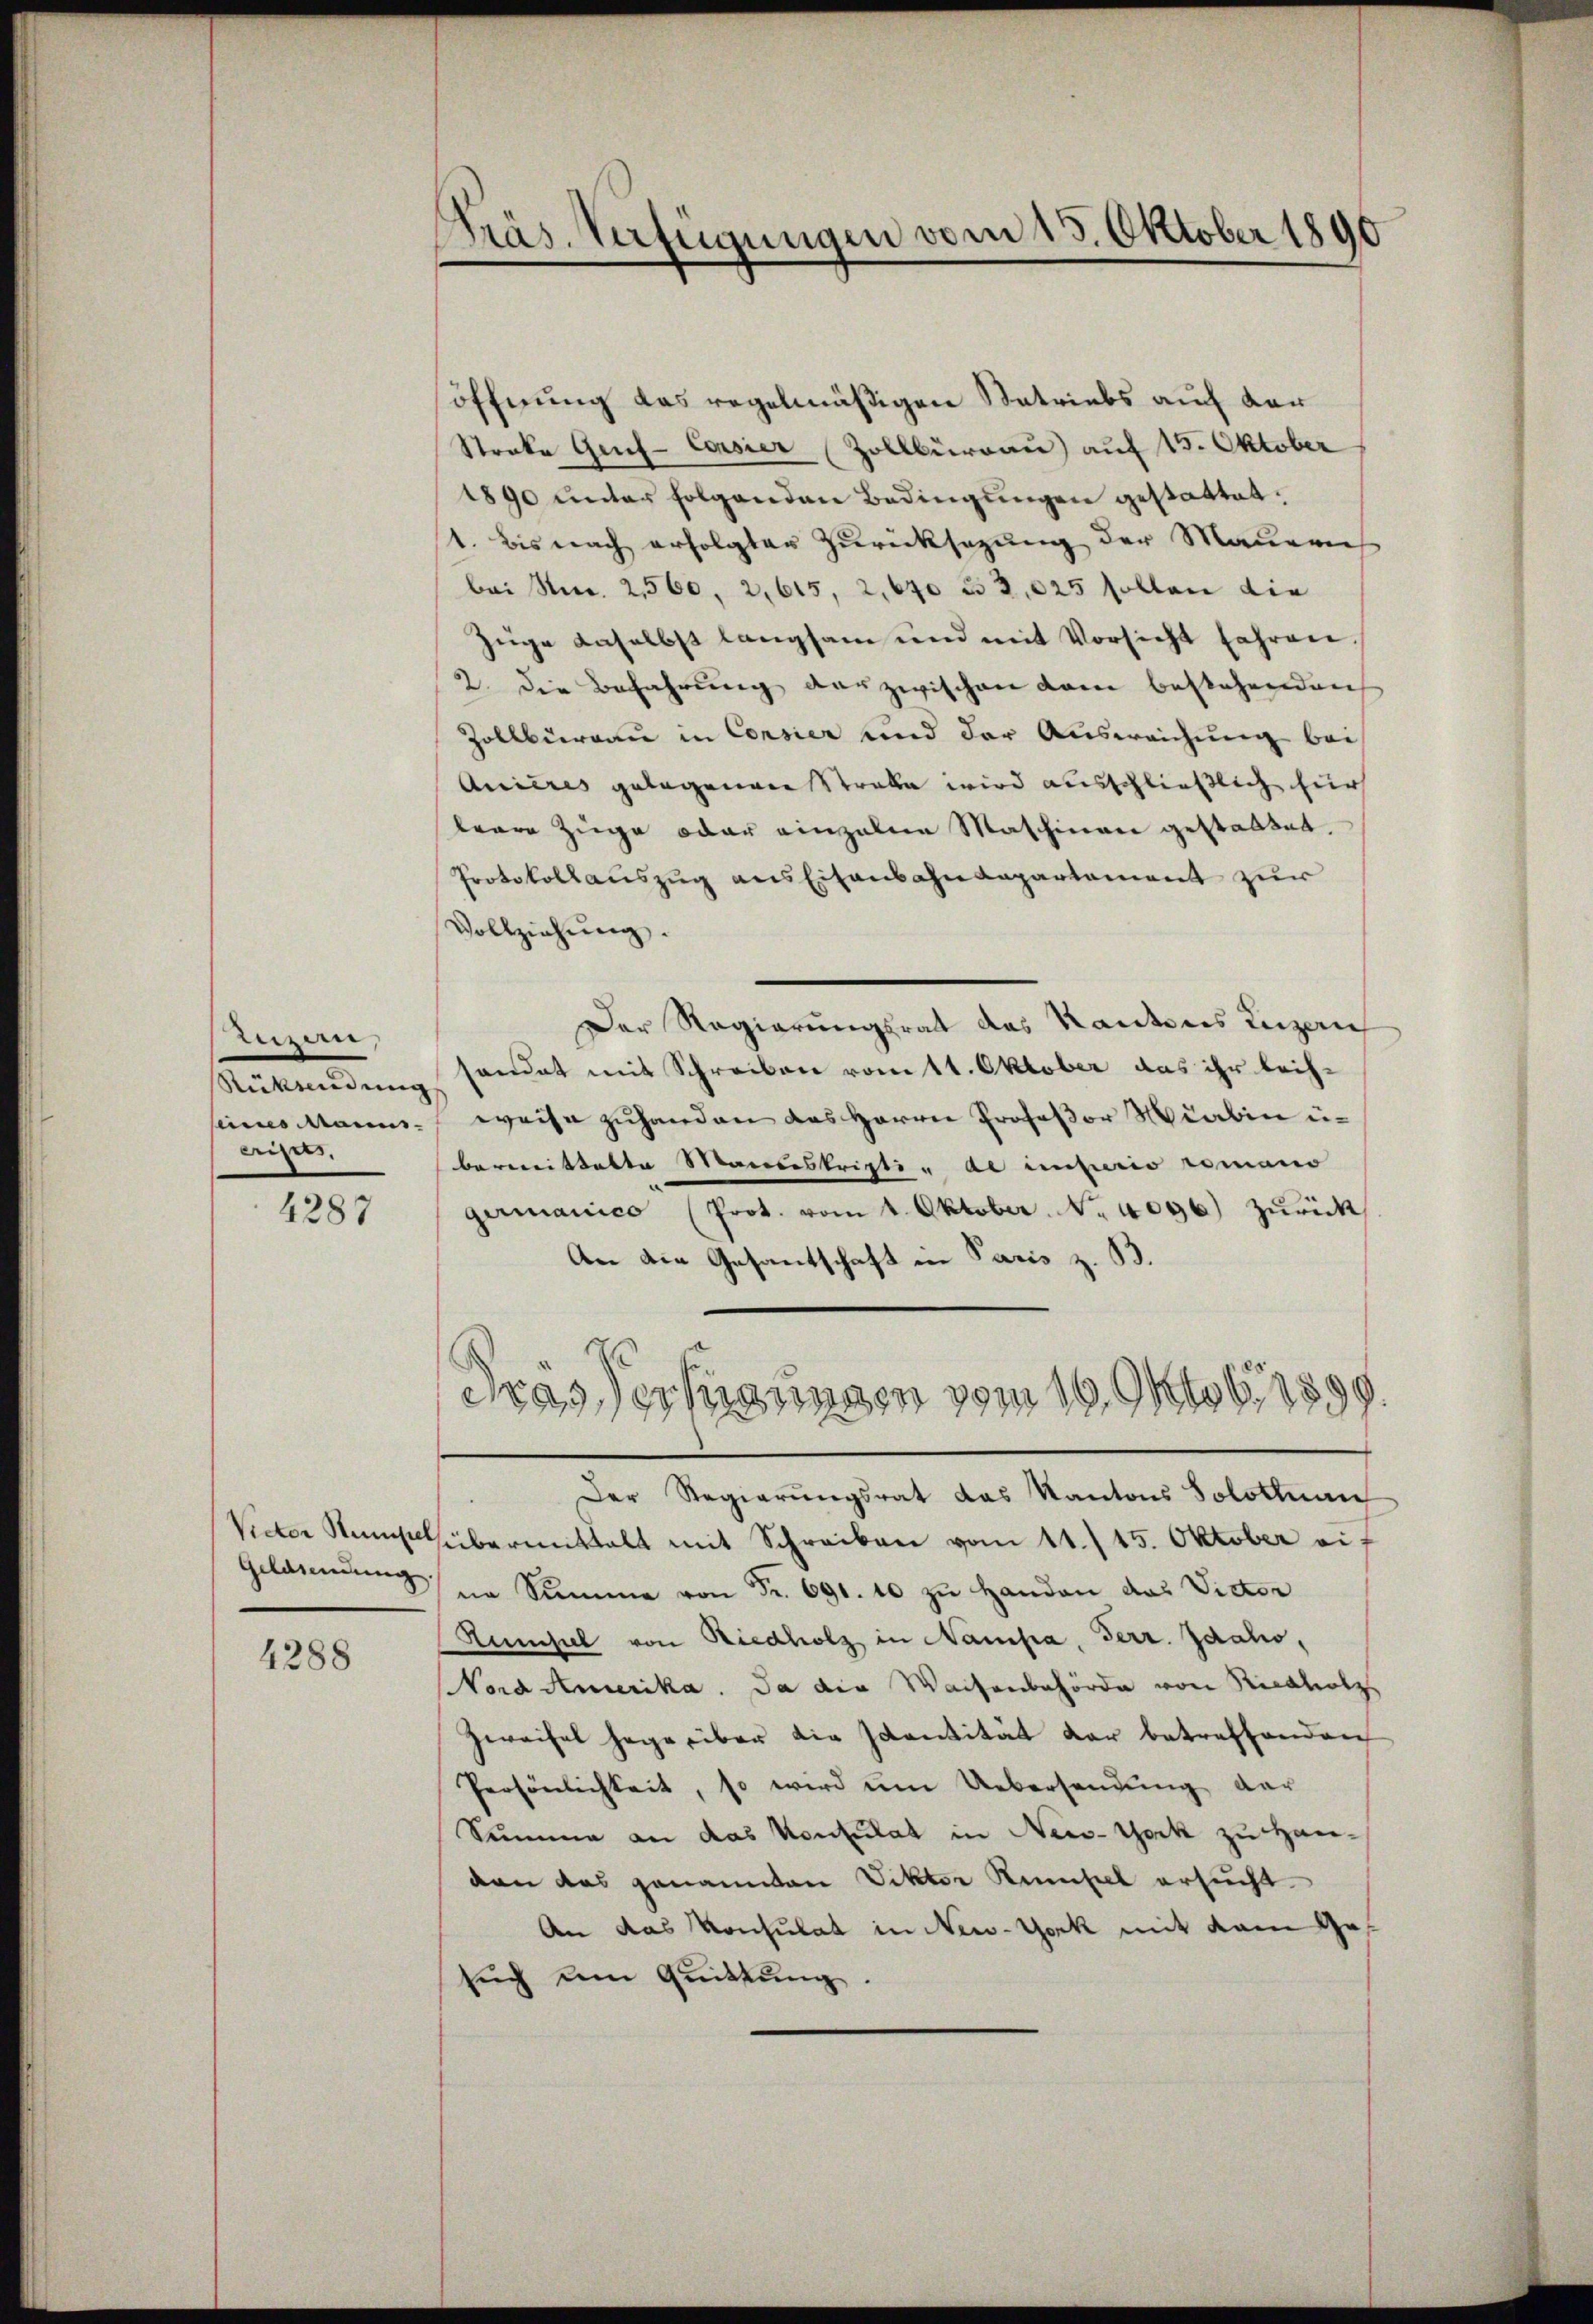
tizen,
Rükendung
eriges. |

4287

gelasendŭng.

4288

Präs. Verfügungen vom 15. Oktober 1890

söffnung das regelmäßigen Satriebs auf der
Stocke Gef-Consier (Zollbürau) auf 15. Oktober
1890 unter folgenden Bedingungen gestattet.
1. Bis nach erfolgter Zurücksezung der Mauern
bei Nur. 2,560, 2, 615, 2, 640 u 2,025 sollen die
züge daselbst langsam und mit Vorsicht fahren.
2. Die Befahrung der zwischen kam bestehenden
Zollbüreau in Consier und der Ausweichung bei
Auieres gelegenen Strabe wird ausschließlich hier
leare Zuge oder einzelnen Maschinen gestaltet.
Protokollauszug aus Eisenbahndepartement zur
Vollziehung.
Der Regierungsrat des Kantons Luzern
sandet mit Schreiben vom 11. Oktober das ihr leih-
seines Manns weise zuhanden das Herrn Profeßor Haben u.
bermittette Mandeskripti ad insurio romano
germanico (Prot. vom 4. Oktober No. 4096) zurück
An die Gesantschaft in Paris z. B.
dras Verfügungen vom 16. Oktob. 1899
Der Regierungsrat das Kantons Solotenan
Victor Namsübermittalt mit Schreiben vom 11./15. Oktober eif
ne Summe von Fr. 691. 10 zu Handen das Victor
Lumpel von Riedholz in Nampa, Terr. Idaho,
Nord Amerika. Da die Waisenbehörde von Rickholzs
Zweifel sage über die scantität der betreffenden
Persönlichkeit, so wird um Uebersendung der
Summe an das Konsulat in New-York zu Hanven das genannten Viktor Reisel ersucht.
An das Konsulat in New-York mit dem Gesuch um Quittung.